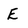
Character: E